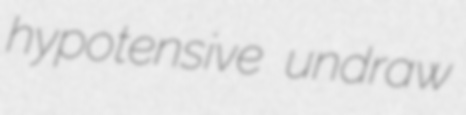
hypotensive undraw